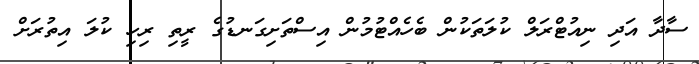
ސާދާ އަދި ނިއުޓްރަލް ކުލަތަކުން ބެހެއްޓުމުން އިސްތަށިގަނޑުގެ ރީތި ރިހި ކުލަ އިތުރަށް